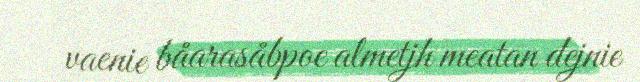
vaenie båarasåbpoe almetjh meatan dejnie